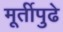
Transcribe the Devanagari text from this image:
मूर्तीपुढे